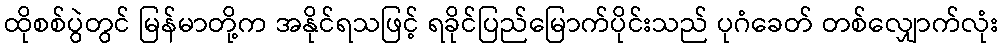
ထိုစစ်ပွဲတွင် မြန်မာတို့က အနိုင်ရသဖြင့် ရခိုင်ပြည်မြောက်ပိုင်းသည် ပုဂံခေတ် တစ်လျှောက်လုံး